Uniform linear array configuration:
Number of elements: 4
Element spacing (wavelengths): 1
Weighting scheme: kaiser
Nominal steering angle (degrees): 60
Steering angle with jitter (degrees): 61.894
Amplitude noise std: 0.05
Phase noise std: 0.05

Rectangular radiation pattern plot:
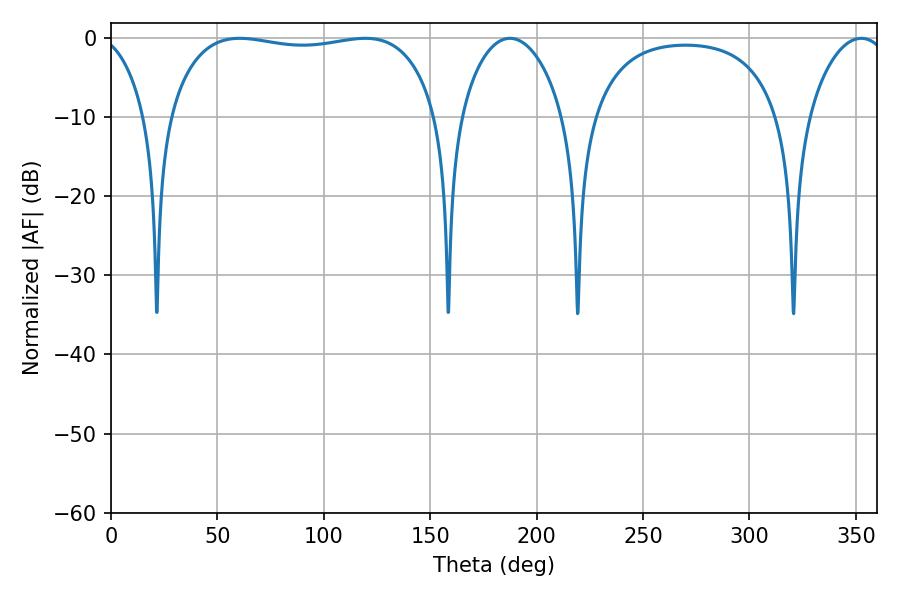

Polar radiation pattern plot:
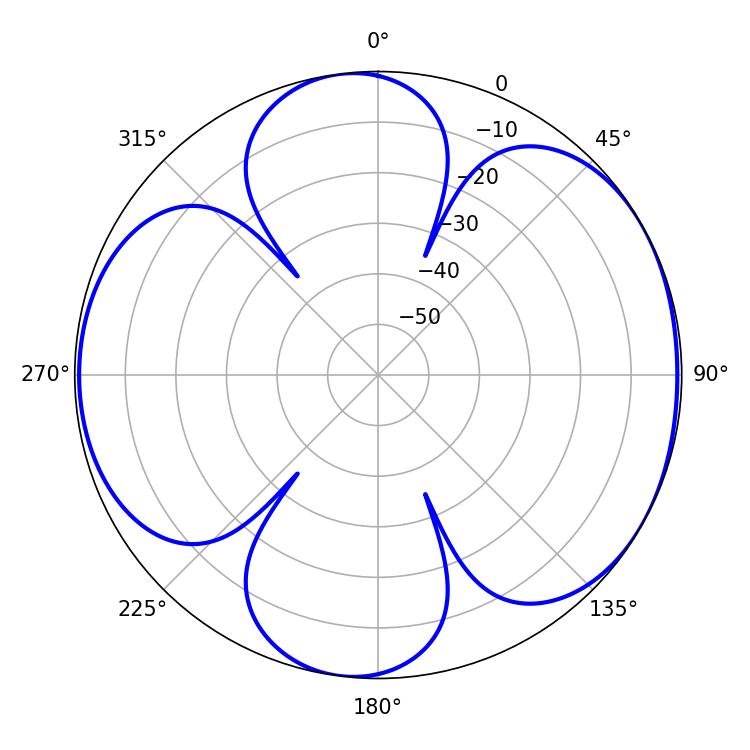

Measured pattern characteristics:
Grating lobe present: TRUE
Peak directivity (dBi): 5.931
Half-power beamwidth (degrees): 101.52
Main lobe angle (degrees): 60.48